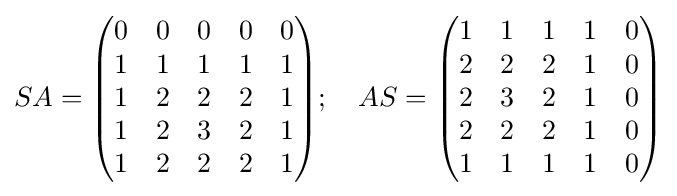
SA={\begin{pmatrix}0&0&0&0&0\\1&1&1&1&1\\1&2&2&2&1\\1&2&3&2&1\\1&2&2&2&1\end{pmatrix}};\quad AS={\begin{pmatrix}1&1&1&1&0\\2&2&2&1&0\\2&3&2&1&0\\2&2&2&1&0\\1&1&1&1&0\end{pmatrix}}